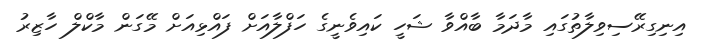
އިނިގިރޭސިވިލާތުގައި މާދަމާ ބާއްވާ ޝަހީ ކައިވެނީގެ ހަފްލާއަށް ފައްޅިއަށް މޭގަން މާކްލް ހާޒިރު